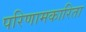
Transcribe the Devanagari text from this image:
परिणामकारिता